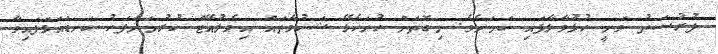
ފުރުސަތު ވަނީ ހުޅުވާލާފައި ކަމަށެވެ. މިގޮތަށް ހުށަހެޅޭ ޝަކުވާތައް އިވެލުއޭޓް ކުރުމަށްފަހު ކަނޑައަޅަފައިވާ